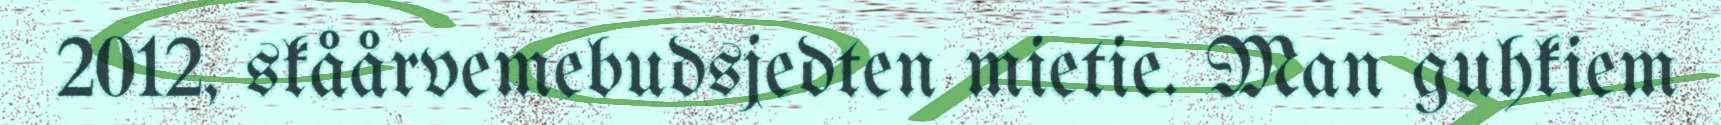
2012, skåårvemebudsjedten mietie. Man guhkiem